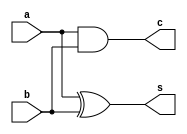
`timescale 1ns / 1ps
//////////////////////////////////////////////////////////////////////////////////
// Company: 
// Engineer: 
// 
// Design Name: 
// Module Name:    HF 
// Project Name: 
// Target Devices: 
// Tool versions: 
// Description: 
//
// Dependencies: 
//
// Revision: 
// Revision 0.01 - File Created
// Additional Comments: 
//
//////////////////////////////////////////////////////////////////////////////////
//20L118 - HARIHARAN R R
module HF(
    input a,b,
    output s,c
    );
	 assign s=a^b;
	 assign c=a&b;
endmodule